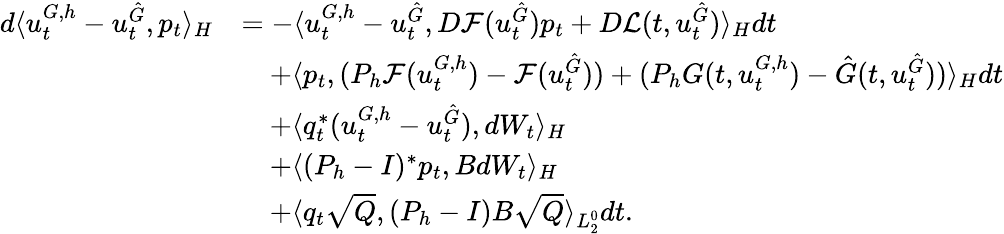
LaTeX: \begin{array}{rl}{d\langle u_{t}^{G,h}-u_{t}^{\hat{G}},p_{t}\rangle_{H}}&{=-\langle u_{t}^{G,h}-u_{t}^{\hat{G}},D\mathcal{F}(u_{t}^{\hat{G}})p_{t}+D\mathcal{L}(t,u_{t}^{\hat{G}})\rangle_{H}dt}\\ &{\quad+\langle p_{t},(P_{h}\mathcal{F}(u_{t}^{{G},h})-\mathcal{F}(u_{t}^{\hat{G}}))+(P_{h}G(t,u_{t}^{G,h})-\hat{G}(t,u_{t}^{\hat{G}}))\rangle_{H}dt}\\ &{\quad+\langle q_{t}^{*}(u_{t}^{G,h}-u_{t}^{\hat{G}}),dW_{t}\rangle_{H}}\\ &{\quad+\langle(P_{h}-I)^{*}p_{t},BdW_{t}\rangle_{H}}\\ &{\quad+\langle q_{t}\sqrt{Q},(P_{h}-I)B\sqrt{Q}\rangle_{L_{2}^{0}}dt.}\end{array}